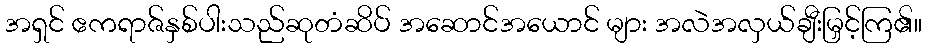
အရှင် ဧကရာဇ်နှစ်ပါးသည်ဆုတံဆိပ် အဆောင်အယောင် များ အလဲအလှယ်ချီးမြှင့်ကြ၏။